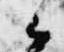
候